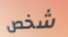
شخص